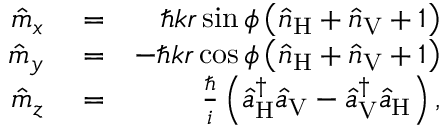
\begin{array} { r l r } { \hat { m } _ { x } } & { { } = } & { \hbar k r \sin \phi \left( \hat { n } _ { \mathrm { H } } + \hat { n } _ { \mathrm { V } } + 1 \right) } \\ { \hat { m } _ { y } } & { { } = } & { - \hbar k r \cos \phi \left( \hat { n } _ { \mathrm { H } } + \hat { n } _ { \mathrm { V } } + 1 \right) } \\ { \hat { m } _ { z } } & { { } = } & { \frac { \hbar } { i } \left( \hat { a } _ { \mathrm { H } } ^ { \dagger } \hat { a } _ { \mathrm { V } } - \hat { a } _ { \mathrm { V } } ^ { \dagger } \hat { a } _ { \mathrm { H } } \right) , } \end{array}